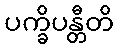
ပက္ခိပန္တီတိ